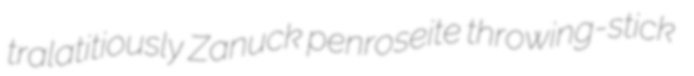
tralatitiously Zanuck penroseite throwing-stick